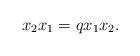
LaTeX: \begin{align*}x_2x_1=qx_1x_2.\end{align*}